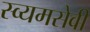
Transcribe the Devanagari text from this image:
स्व्यमसेवी